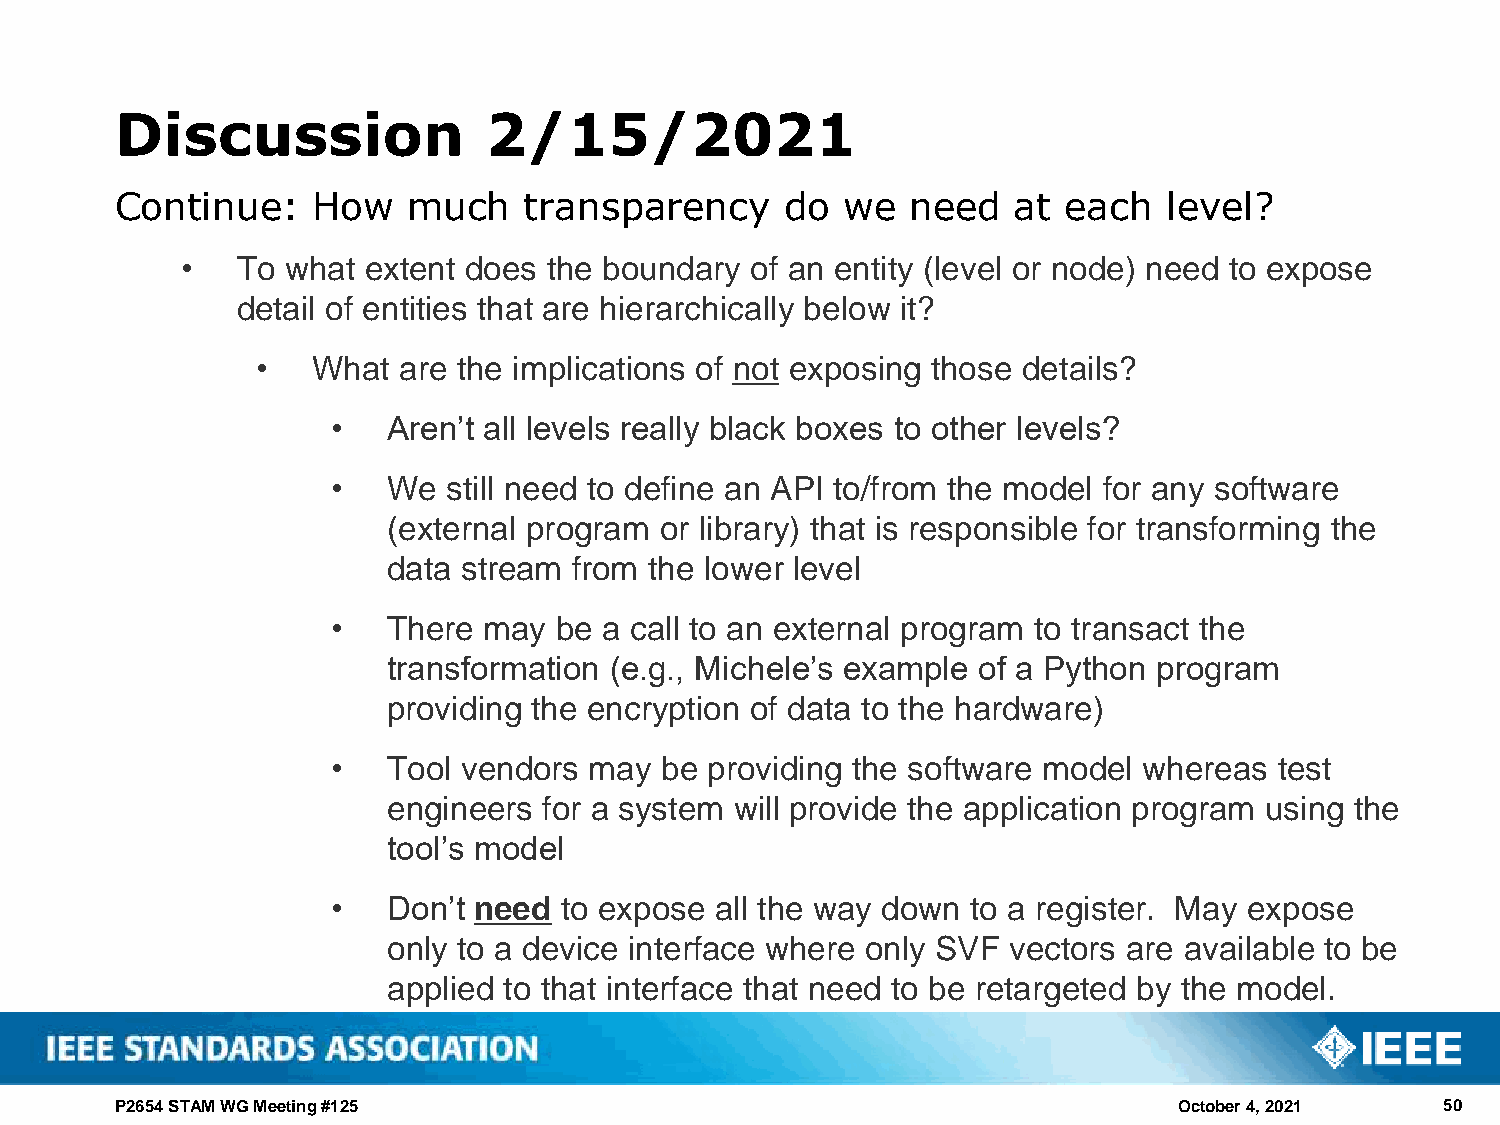
Discussion              2/15/2021
 Continue:    How   much    transparency     do  we  need   at  each  level?
 •   To what extent does the boundary  of an entity (level or node) need to expose
 detail of entities that are hierarchically below it?
 •   What are the implications of not exposing those details?
 •   Aren’t all levels really black boxes to other levels?
 •   We  still need to define an API to/from the model for any software
 (external program or library) that is responsible for transforming the
 data stream from the lower level
 •   There may  be a call to an external program to transact the
 transformation (e.g., Michele’s example of a Python program
 providing the encryption of data to the hardware)
 •   Tool vendors may  be providing the software model whereas  test
 engineers for a system will provide the application program using the
 tool’s model
 •   Don’t need to expose all the way down to a register. May expose
 only to a device interface where only SVF vectors are available to be
 applied to that interface that need to be retargeted by the model.
 P2654 STAM WG Meeting #125                                            October 4, 2021   50